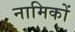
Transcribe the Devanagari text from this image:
नामिकों